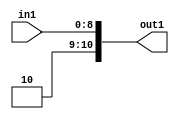
`timescale 1ps / 1ps

// Generated by Cadence Genus(TM) Synthesis Solution 17.11-s014_1
// Generated on: May  3 2021 02:42:21 CST (May  2 2021 18:42:21 UTC)

module SobelFilter_Add2iLLu9_4(in1, out1);
  input [8:0] in1;
  output [10:0] out1;
  wire [8:0] in1;
  wire [10:0] out1;
  assign out1[0] = in1[0];
  assign out1[1] = in1[1];
  assign out1[2] = in1[2];
  assign out1[3] = in1[3];
  assign out1[4] = in1[4];
  assign out1[5] = in1[5];
  assign out1[6] = in1[6];
  assign out1[7] = in1[7];
  assign out1[8] = in1[8];
  assign out1[9] = 1'b0;
  assign out1[10] = 1'b1;
endmodule